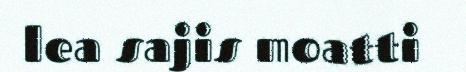
lea sajis moatti